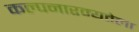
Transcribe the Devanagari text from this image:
कल्पनारम्यतेला